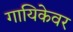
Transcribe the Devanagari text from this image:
गायिकेवर